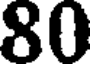
80